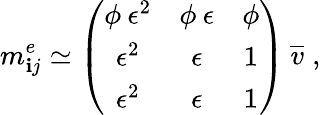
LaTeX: m_{\mathbf{i}j}^{e}\simeq\left(\begin{array}{ccc}{{\phi\: \epsilon^{2}}}&{{\phi\: \epsilon}}&{{\phi}}\\ {{\epsilon^{2}}}&{{\epsilon}}&{{1}}\\ {{\epsilon^{2}}}&{{\epsilon}}&{{1}}\end{array}\right)\: \overline{{{{v}}}}\; ,